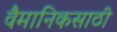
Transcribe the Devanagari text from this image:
वैमानिकसाठी